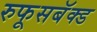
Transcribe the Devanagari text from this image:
रुफूसबॅक्ड